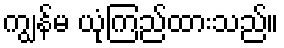
ကျွန်မ ယုံကြည်ထားသည်။